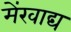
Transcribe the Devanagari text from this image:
मेंखाद्य